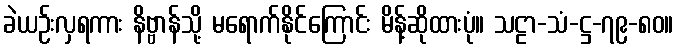
ခဲယဉ်းလှရကား နိဗ္ဗာန်သို့ မရောက်နိုင်ကြောင်း မိန့်ဆိုထားပုံ။ သဠာ-သံ-ဋ္ဌ-၇၉-၈၀။